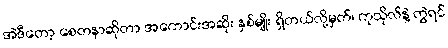
အဲဒီတော့ စေတနာဆိုတာ အကောင်းအဆိုး နှစ်မျိုး ရှိတယ်လို့မှတ်၊ ကုသိုလ်နဲ့ တွဲရင်